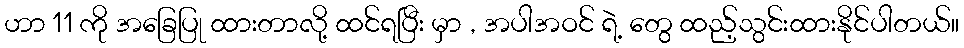
ဟာ 11 ကို အခြေပြု ထားတာလို့ ထင်ရပြီး မှာ , အပါအဝင် ရဲ့ တွေ ထည့်သွင်းထားနိုင်ပါတယ်။